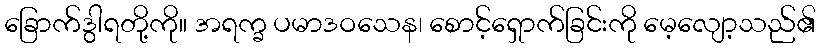
ခြောက်ဒွါရတို့ကို။ အရက္ခ ပမာဒဝသေန၊ စောင့်ရှောက်ခြင်းကို မေ့လျော့သည်၏